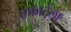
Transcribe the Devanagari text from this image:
एफाटेला